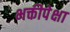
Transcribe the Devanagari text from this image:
भक्तीपेक्षा